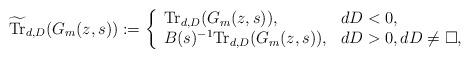
LaTeX: \begin{align*}\widetilde{\mathrm{Tr}}_{d,D}(G_m(z,s)) := \left\{\begin{array}{ll}\mathrm{Tr}_{d,D}(G_m(z,s)), &dD<0,\\B(s)^{-1}\mathrm{Tr}_{d,D}(G_m(z,s)), &dD>0, dD \neq \square,\end{array} \right.\end{align*}